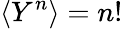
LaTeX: \langle Y^{n}\rangle=n!